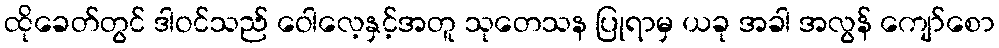
ထိုခေတ်တွင် ဒါဝင်သည် ဝေါလေ့နှင့်အတူ သုတေသန ပြုရာမှ ယခု အခါ အလွန် ကျော်စော